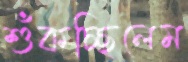
শুঁকচ্ছিলেম